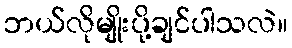
ဘယ်လိုမျိုးပို့ချင်ပါသလဲ။